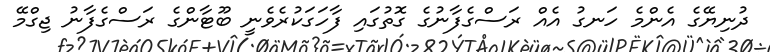
ދުނިޔޭގެ އެންމެ ހަނގު އެއް ރަސްގެފާނުގެ ގޮތުގައި ފާހަގަކުރެވެނީ ބޫޓާންގެ ރަސްގެފާނު ޖިގްމޭ